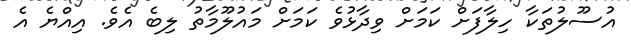
އުސޫލުތަކާ ހިލާފަށް ކަމަށް ވިދާޅުވެ ކަމަށް މައުލޫމާތު ލިބެ އެވެ. އިއްޔެ އެ